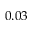
0 . 0 3